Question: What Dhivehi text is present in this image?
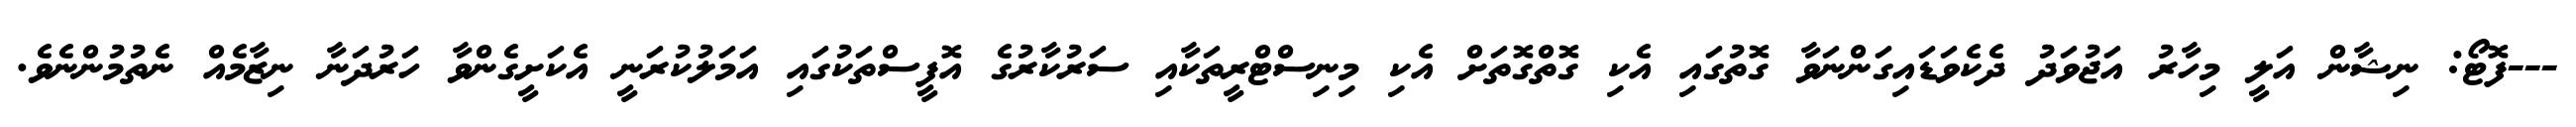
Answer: ---ފޮޓޯ: ނިޝާން އަލީ މިހާރު އަޖުވަދު ދެކެވަޑައިގަންނަވާ ގޮތުގައި އެކި ގޮތްގޮތަށް އެކި މިނިސްޓްރީތަކާއި ސަރުކާރުގެ އޮފީސްތަކުގައި އަމަލުކުރަނީ އެކަށީގެންވާ ހަރުދަނާ ނިޒާމެއް ނެތުމުންނެވެ.